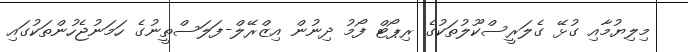
މިލިޔުމާއި ގުޅޭ ގެލަރީސްކޫލުތަކުގެ ރިޕޯޓް ފޯމު ދިނުން އިޒްރޭލް-ފަލަސްތީނުގެ ހަމަނުޖެހުންތަކުގައި